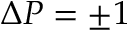
\Delta P = \pm 1